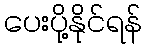
ပေးပို့နိုင်ရန်